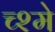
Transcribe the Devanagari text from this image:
च्श्मे